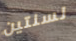
لسنتين